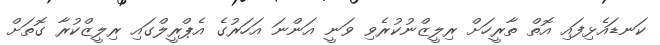
ކަނޑައެޅިފައި އޮތް ތާރީހަށް ރިލީޒްނުކުރެވި ވަނީ އަންނަ އަހަރުގެ އެޕްރީލްގައި ރިލީޒްކުރާ ގޮތަށް